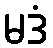
မဒံ